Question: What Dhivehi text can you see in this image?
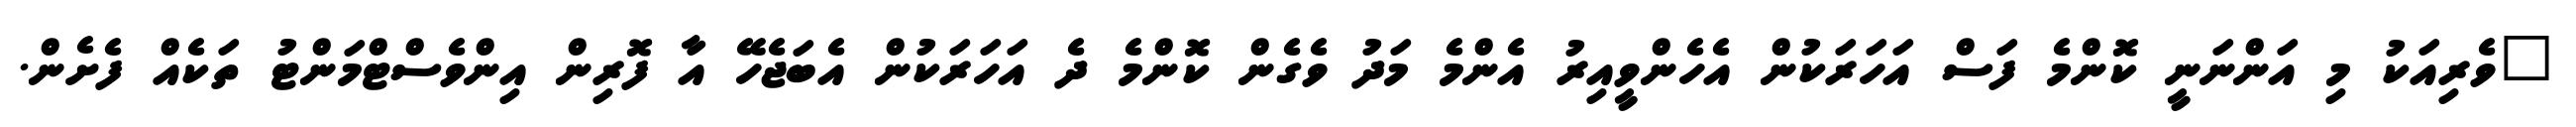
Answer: "ވެރިއަކު މި އަންނަނީ ކޮންމެ ފަސް އަހަރަކުން އެހެންވީއިރު އެންމެ މަދު ވެގެން ކޮންމެ ދެ އަހަރަކުން އެބަޖެހޭ އާ ފޮރިން އިންވެސްޓްމަންޓު ތަކެއް ފެށެން.